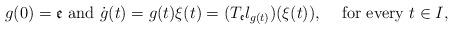
LaTeX: \begin{align*}g(0) = {\mathfrak e} \mbox{ and } \dot{g}(t) = g(t) \xi(t) = (T_{\mathfrak e}l_{g(t)})(\xi(t)), \; \; \; \mbox{ for every } t \in I,\end{align*}